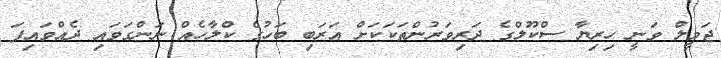
ޖަމީލް ވަނީ ހިރިޔާ ސްކޫލްގެ ދަރިވަރުންތަކަކަށް އަރަބި ބަހުގެ ކްލާހެއް ނަންގަވައި ދެއްވައިފަ